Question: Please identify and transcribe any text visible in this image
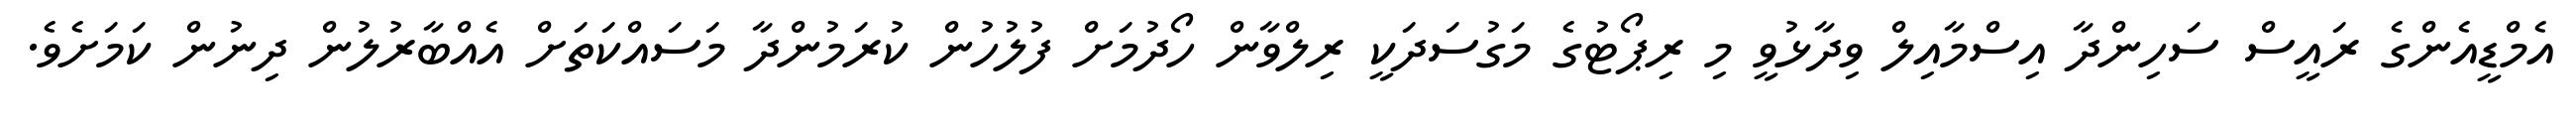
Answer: އެމްޑީއެންގެ ރައީސް ސަހިންދާ އިސްމާއިލް ވިދާޅުވީ މި ރިޕޯޓުގެ މަގުސަދަކީ ރިލްވާން ހޯދުމަށް ފުލުހުން ކުރަމުންދާ މަސައްކަތަށް އެއްބާރުލުން ދިނުން ކަމަށެވެ.